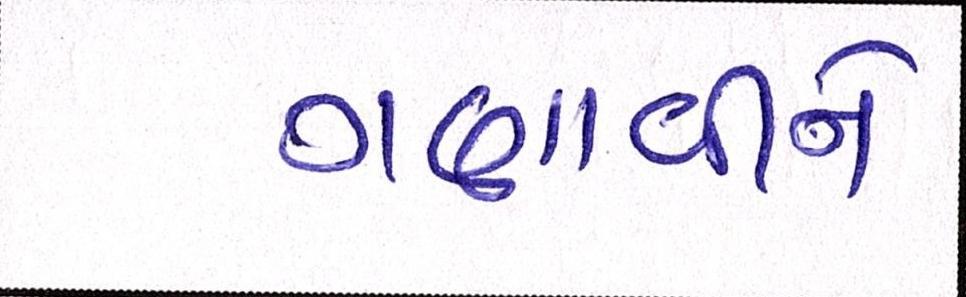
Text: ગણાવીને